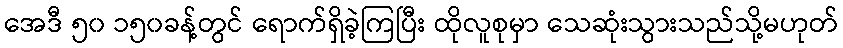
အေဒီ ၅၀ ၁၅၀ခန့်တွင် ရောက်ရှိခဲ့ကြပြီး ထိုလူစုမှာ သေဆုံးသွားသည်သို့မဟုတ်